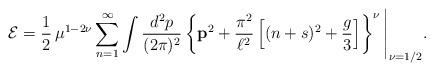
LaTeX: \begin{align*}{\cal E}=\frac{1}{2}\,\mu^{1-2\nu}\sum_{n=1}^\infty\int\frac{d^2p}{(2\pi)^2}\left\{{\bf p}^2+\frac{\pi^2}{\ell^2}\left[(n+s)^2+\frac{g}{3}\right]\right\}^{\nu}\Bigg|_{\nu=1/2}.\end{align*}